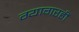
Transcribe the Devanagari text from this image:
ग्यागरहीं